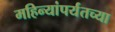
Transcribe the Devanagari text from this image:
महिन्यांपर्यंतच्या